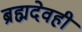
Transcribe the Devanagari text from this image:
ब्रह्मदेवही